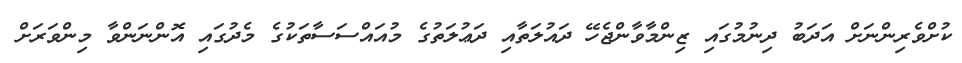
ކުށްވެރިންނަށް އަދަބު ދިނުމުގައި ޒިންމާވާންޖެހޭ ދައުލަތާއި ދަޢުލަތުގެ މުއައްސަސާތަކުގެ މެދުގައި އޮންނަންވާ މިންވަރަށް